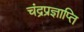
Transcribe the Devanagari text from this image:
चंद्रप्रज्ञाप्ति